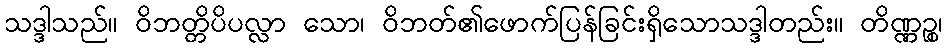
သဒ္ဒါသည်။ ဝိဘတ္တိပိပလ္လာ သော၊ ဝိဘတ်၏ဖောက်ပြန်ခြင်းရှိသောသဒ္ဒါတည်း။ တိဏ္ဏဉ္စ၊